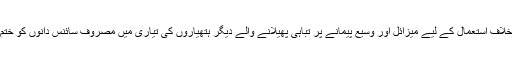
موساد نے اسرائیل کے خلاف استعمال کے لیے میزائل اور وسیع پیمانے پر تباہی پھیلانے والے دیگر ہتھیاروں کی تیاری میں مصروف سائنس دانوں کو ختم کرنے کا پروگرام بنایا۔